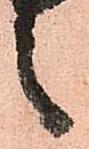
言